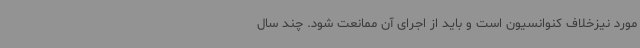
مورد نیزخلاف کنوانسیون است و باید از اجرای آن ممانعت شود. چند سال